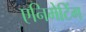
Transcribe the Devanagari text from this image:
एनिमेटिंग